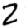
Digit: 2